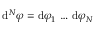
\mathrm { d } ^ { N } \varphi = \mathrm { d } \varphi _ { 1 } \, \dots \, \mathrm { d } \varphi _ { N }